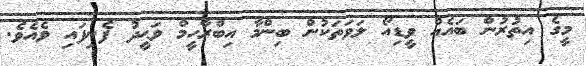
މީގެ އިތުރުން ބައެއް ވީޑިއޯ ލަވަތަކުން ބިންމާ އިބްރާހީމް ވަޙީދު ފެނިފައި ވެއެވެ.